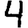
Digit: 4